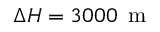
\Delta H = 3 0 0 0 \, \mathrm { ~ m ~ }